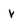
Character: v